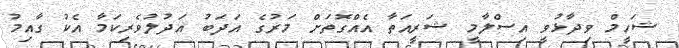
ޝަހީމް ވިދާޅުވީ އިސްލާމީ ޝަރީއަތާ އެއްގޮތަށް މަރުގެ އަދަބު އަދުލުވެރިކަމާ އެކު ގާއިމު